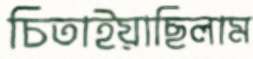
চিতাইয়াছিলাম